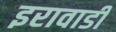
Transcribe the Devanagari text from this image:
इरावाडी